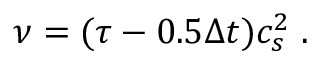
\nu = ( \tau - 0 . 5 \Delta t ) c _ { s } ^ { 2 } \; .